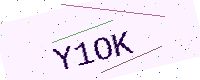
Text: Y1OK